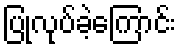
ပြုလုပ်ခဲ့ကြောင်း